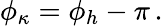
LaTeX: \phi_{\kappa}=\phi_{h}-\pi\, .